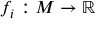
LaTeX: f _ { i } : M \to \mathbb { R }